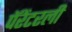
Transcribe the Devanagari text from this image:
पॅरेंटरली